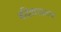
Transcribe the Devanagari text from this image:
बंदिवासातच